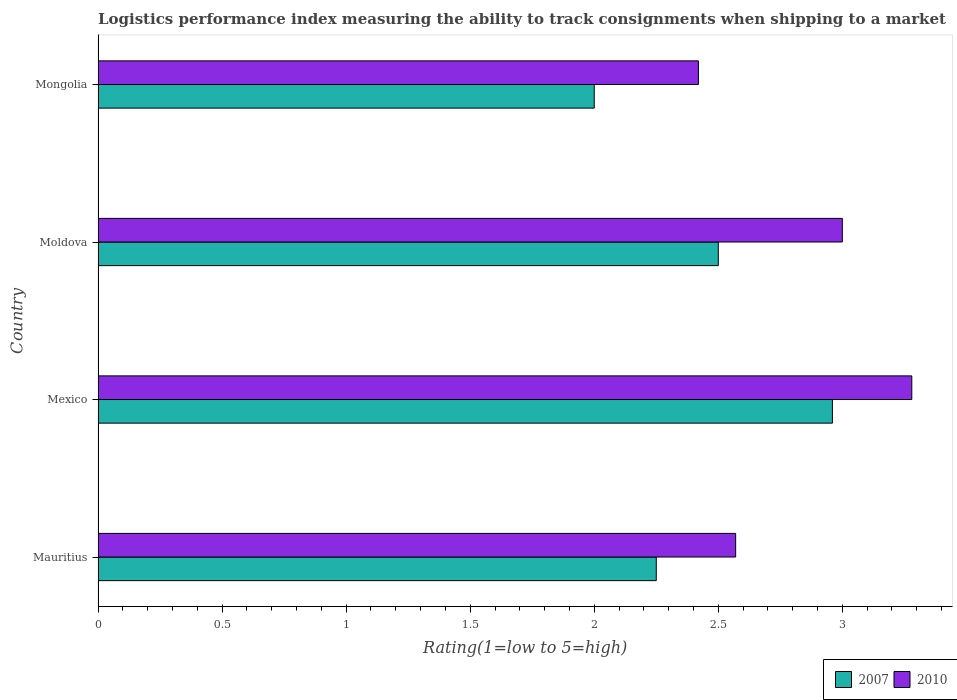
| Country | 2007 | 2010 |
 | --- | --- | --- |
 | Mauritius | 2.25 | 2.57 |
 | Mexico | 2.96 | 3.28 |
 | Moldova | 2.5 | 3 |
 | Mongolia | 2 | 2.42 |